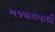
અજવાળવાથી